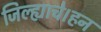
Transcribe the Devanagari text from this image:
जिल्ह्याचे।हन